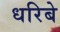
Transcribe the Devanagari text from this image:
धरिबे